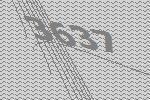
3637